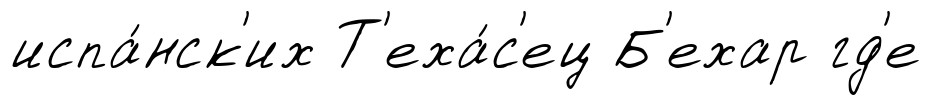
испа́нск'их Т'еха́с'ец Б'ехар гд'е